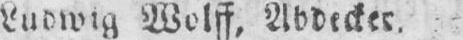
Ludwig Wolff, Abdecker.